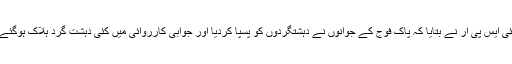
آئی ایس پی آر نے بتایا کہ پاک فوج کے جوانوں نے دہشتگردوں کو پسپا کردیا اور جوابی کارروائی میں کئی دہشت گرد ہلاک ہوگئے۔